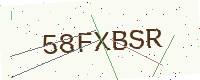
Text: 58FXBSR